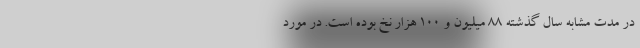
در مدت مشابه سال گذشته ۸۸ میلیون و ۱۰۰ هزار نخ بوده است. در مورد